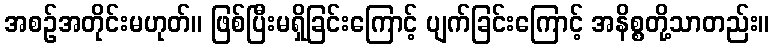
အစဉ်အတိုင်းမဟုတ်။ ဖြစ်ပြီးမရှိခြင်းကြောင့် ပျက်ခြင်းကြောင့် အနိစ္စတို့သာတည်း။